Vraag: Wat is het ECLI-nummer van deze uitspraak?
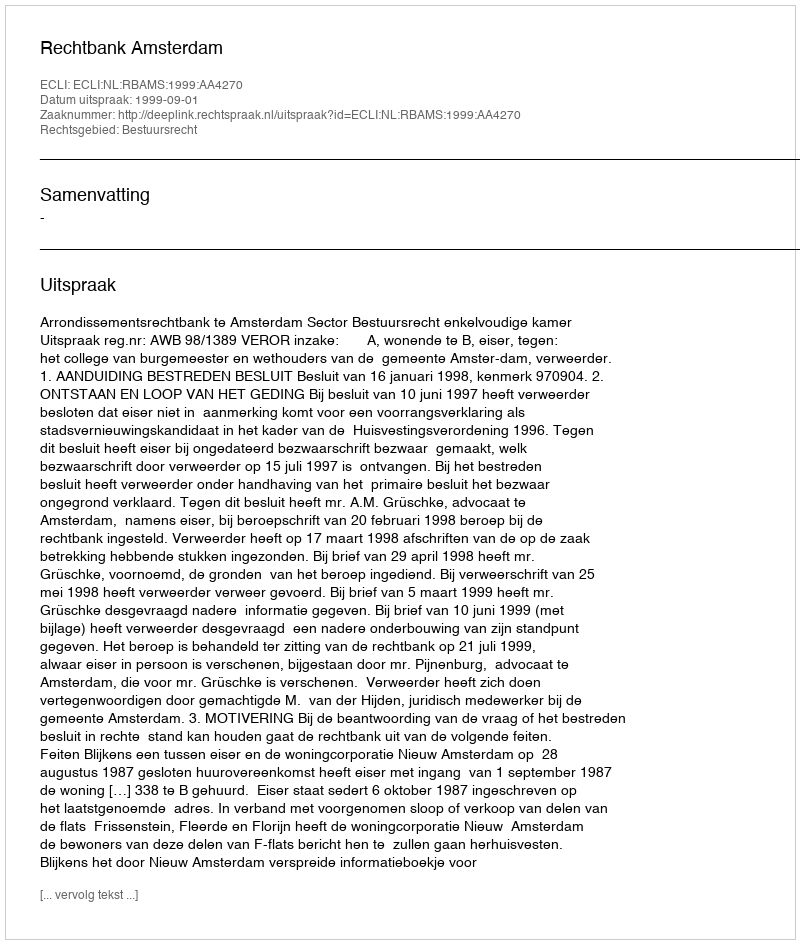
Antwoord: ECLI:NL:RBAMS:1999:AA4270